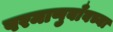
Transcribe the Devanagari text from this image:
परमाणुबाँबच्या